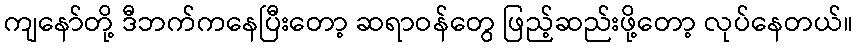
ကျနော်တို့ ဒီဘက်ကနေပြီးတော့ ဆရာဝန်တွေ ဖြည့်ဆည်းဖို့တော့ လုပ်နေတယ်။